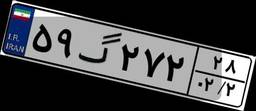
۳۸گ۰۸۹۵۱